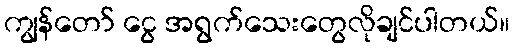
ကျွန်တော် ငွေ အရွက်သေးတွေလိုချင်ပါတယ်။